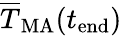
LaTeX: \overline{{T}}_{\mathrm{MA}}(t_{\mathrm{end}})